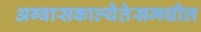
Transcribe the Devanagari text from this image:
अग्वासकाल्येंतेसमधील